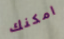
امكنك